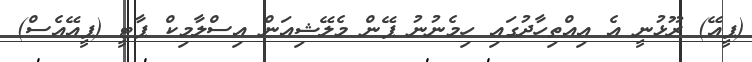
(ޕީއޭ) ރޫޅުނީ އެ އިއްތިހާދުގައި ހިމެނުނު ޕޭން މެލޭޝިއަން އިސްލާމިކް ޕާޓީ (ޕީއޭއެސް)